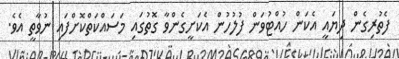
ފެތުރިގެން ދިޔައީ އެކަން ހުއްޓުވަން ފުލުހުން އެކަށީގެންވާ ގޮތުގައި މަސައްކަތްކޮށްފައި ނުވާތީ އެވެ.